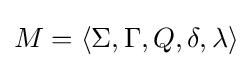
M=\langle \Sigma ,\Gamma ,Q,\delta ,\lambda \rangle